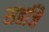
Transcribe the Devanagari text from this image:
सहजि